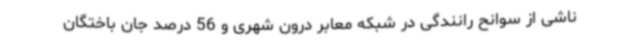
ناشی از سوانح رانندگی در شبکه معابر درون شهری و 56 درصد جان باختگان